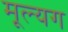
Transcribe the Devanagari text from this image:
मूल्यग